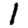
Digit: 1